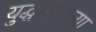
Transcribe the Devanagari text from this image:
युद्धामधल्या